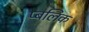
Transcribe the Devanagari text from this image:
प्बलिक